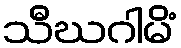
သီဃဂါမိံ